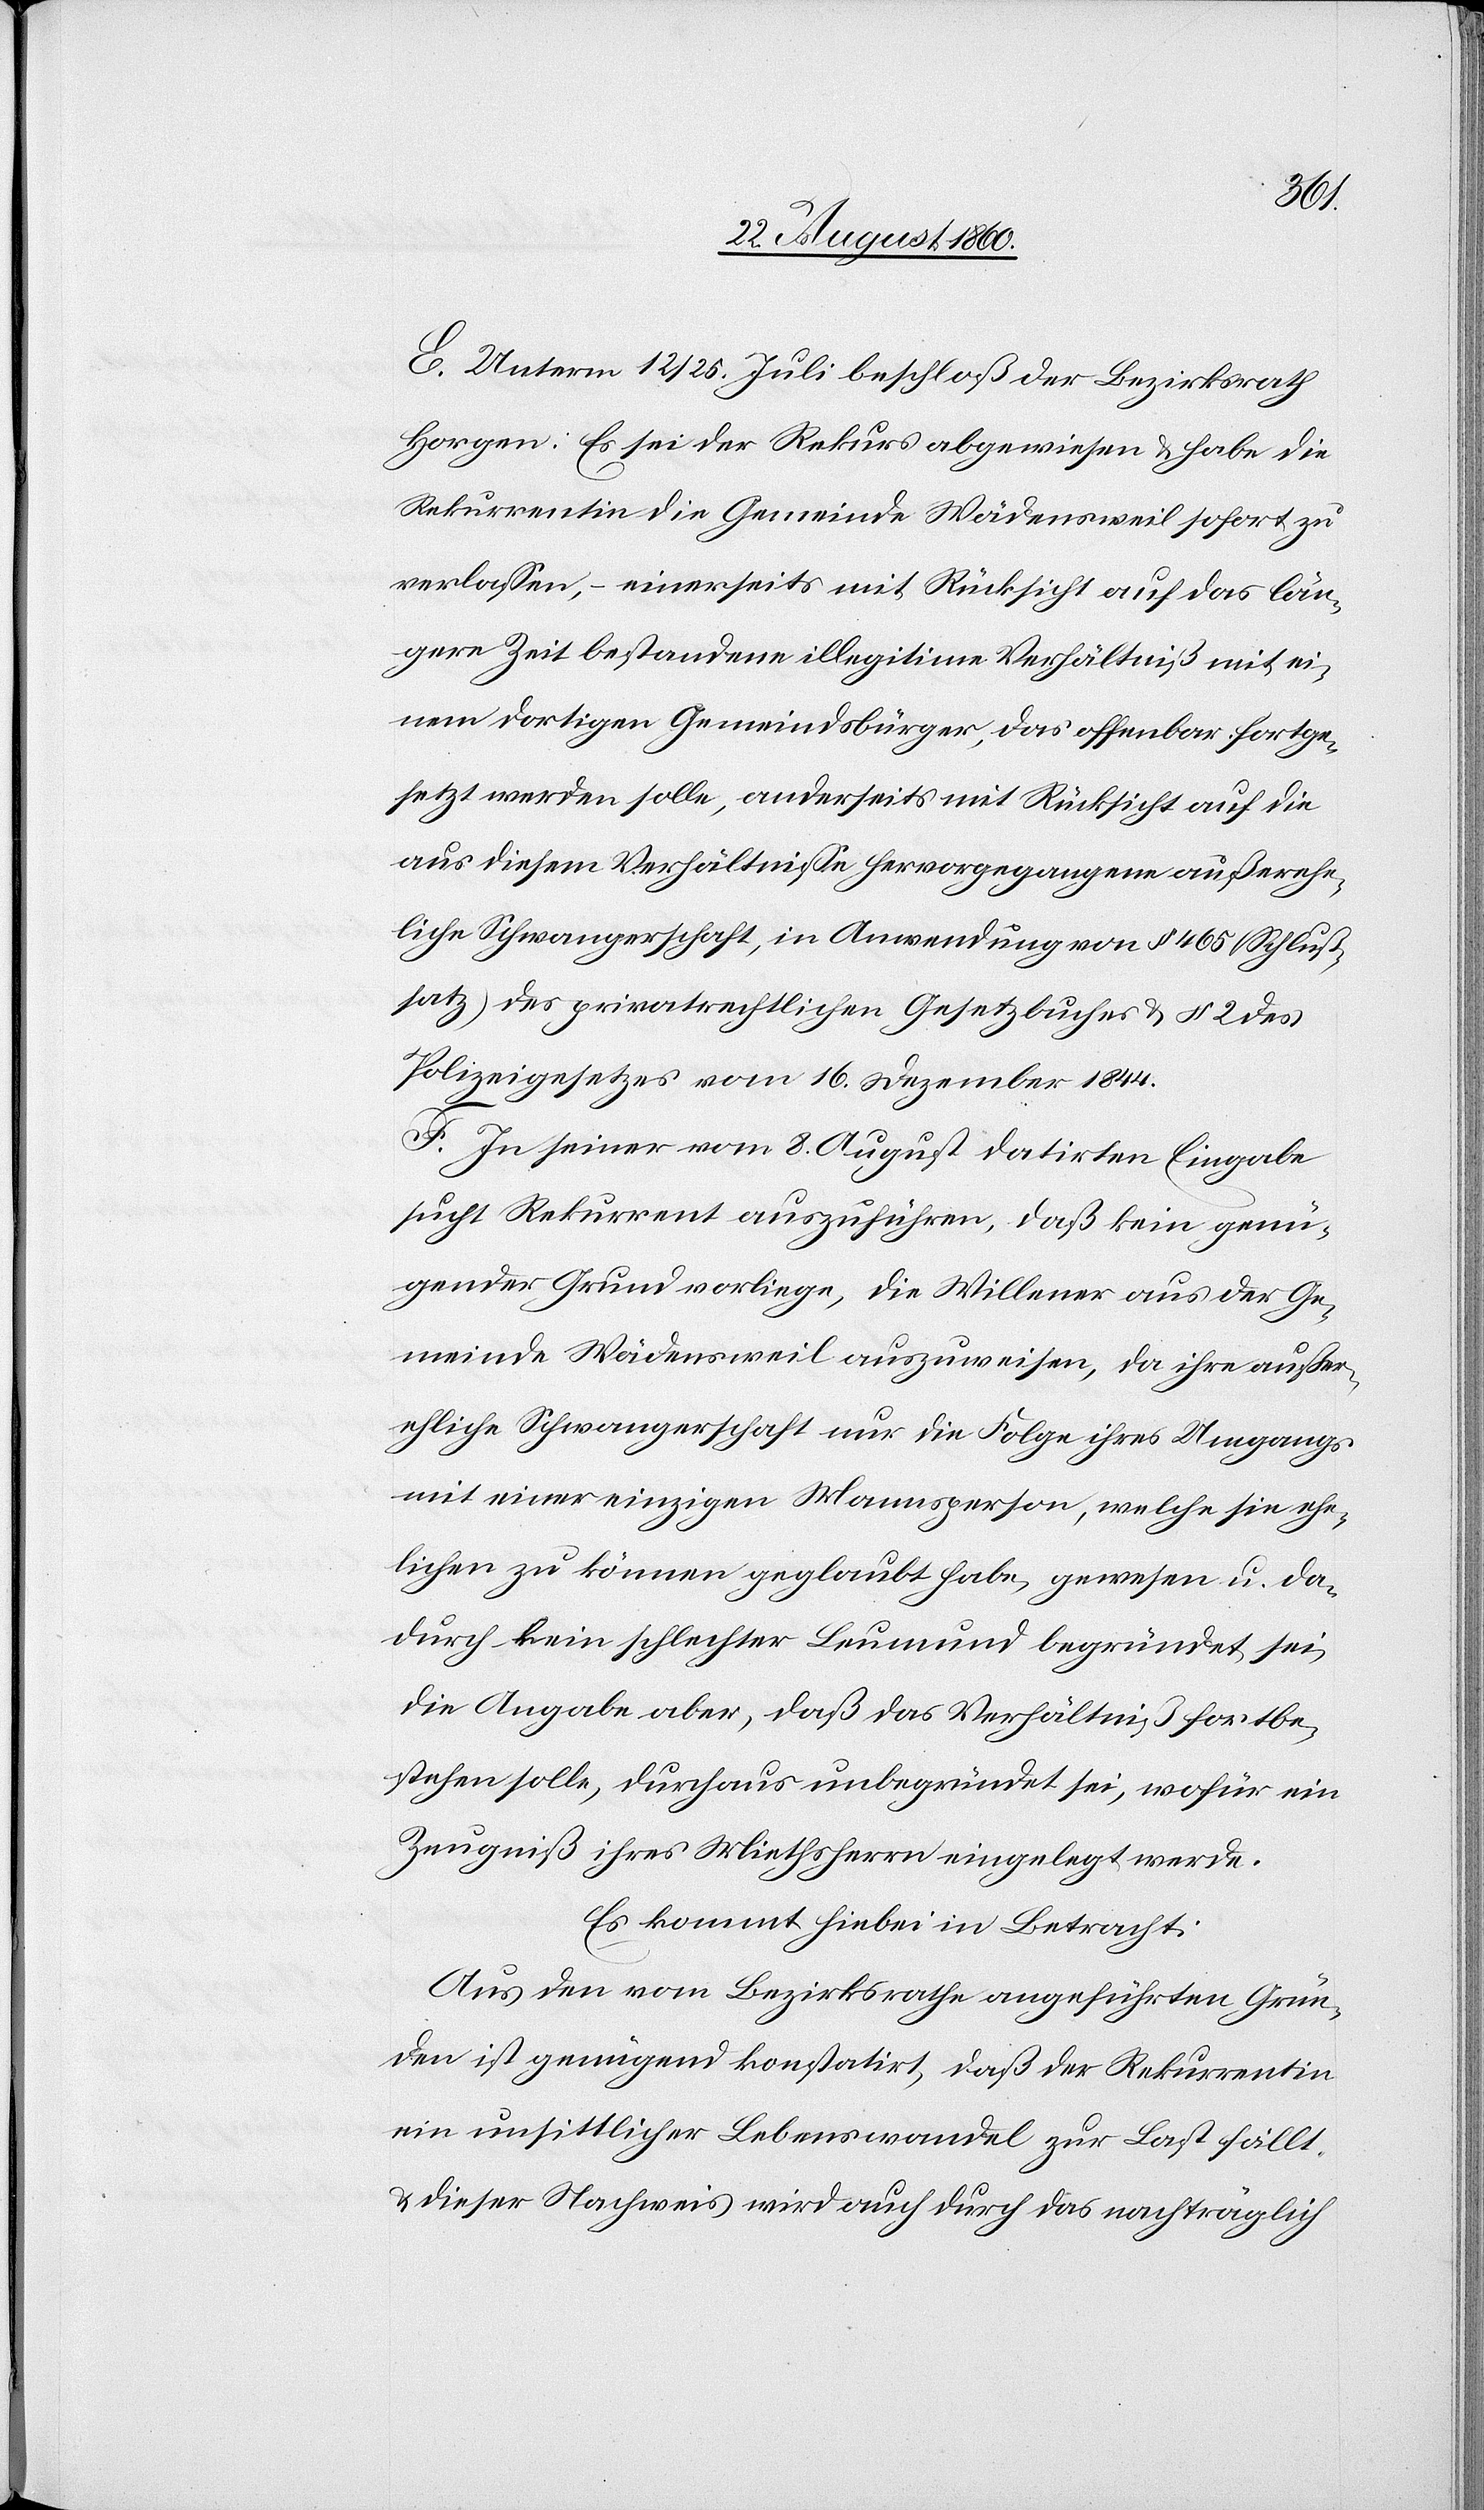
des
E. Unterm 12/25. Juli beschloss der Bezirksrath
Horgen: Es sei der Rekurs abgewiesen und habe die
Rekurrentin die Gemeinde Wädensweil sofort zu
verlassen, einerseits mit Rücksicht auf das län¬
gere Zeit bestandene illegitime Verhältniss mit ei¬
nem dortigen Gemeindsbürger, das offenbar fortge¬
setzt werden solle, anderseits mit Rücksicht auf die
aus diesem Verhältnisse hervorgegangene ausserehe¬
liche Schwangerschaft in Anwendung von §. 465 (Schluss¬
Polizeigesetzes vom 16. Christmonat 1844.
F. In seiner vom 8. August datirten Eingabe
sucht Rekurrent auszuführen, dass kein genü¬
gender Grund vorliege, die Willener aus der Ge¬
meinde Wädensweil auszuweisen, da ihre ausser¬
eheliche Schwangerschaft nur die Folge ihres Umgangs
mit einer einzigen Mannsperson, welche sie ehe¬
lichen zu können geglaubt habe, gewesen und da¬
durch kein schlechter Leumund begründet sei,
die Angabe aber, dass das Verhältniss fortbe¬
stehen solle, durchaus unbegründet sei, wofür ein
Zeugniss ihres Miethsherrn eingelegt werde.
Es kommt hiebei in Betracht:
Aus den vom Bezirksrathe angeführten Grün¬
den ist genügend konstatirt, dass der Rekurrentin
ein unsittlicher Lebenswandel zur Last fällt
dieser Nachweis wird auch durch das nachträglich